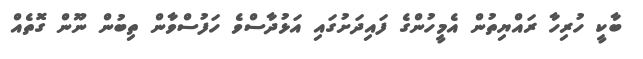
ބާކީ ހުރިހާ ރައްޔިތުން އެމީހުންގެ ފައިދަށުގައި އަޅުދާސްވެ ހަފުސްވާން ތިބުން ނޫން ގޮތެއް